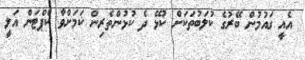
އެއީ ގައުމުން ބޭރުގެ ކުލަބުތަކަށް ކުޅޭ ދެ ކުޅުންތެރިން ކަމަށްވާ ކެޕްޓަން އަލީ